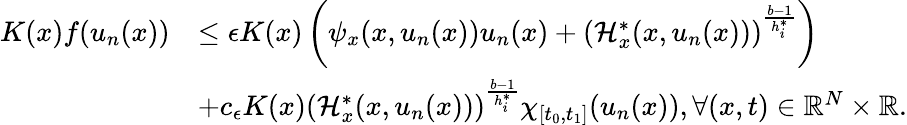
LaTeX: \begin{array}{rl}{K(x)f(u_{n}(x))}&{\leq\epsilon K(x)\left(\psi_{x}(x,u_{n}(x))u_{n}(x)+(\mathcal{H}_{x}^{*}(x,u_{n}(x)))^{\frac{b-1}{h_{i}^{*}}}\right)}\\ &{+c_{\epsilon}K(x)(\mathcal{H}_{x}^{*}(x,u_{n}(x)))^{\frac{b-1}{h_{i}^{*}}}\chi_{[t_{0},t_{1}]}(u_{n}(x)),\forall(x,t)\in{\mathbb R}^{N}\times{\mathbb R}.}\end{array}